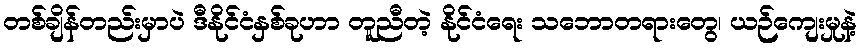
တစ်ချိန်တည်းမှာပဲ ဒီနိုင်ငံနှစ်ခုဟာ တူညီတဲ့ နိုင်ငံရေး သဘောတရားတွေ၊ ယဉ်ကျေးမှုနဲ့